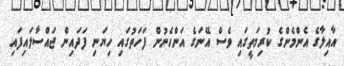
އާއިލާގެ އެންމެންގެ ކުރިމަތީގައި ވެސް އޭނަގެ އަންހެނުން ފަހަތުގައި ހިޔަނި ފަދައިން ޖައްސާލައިފައި